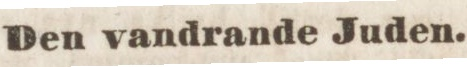
Den vandrande Juden.